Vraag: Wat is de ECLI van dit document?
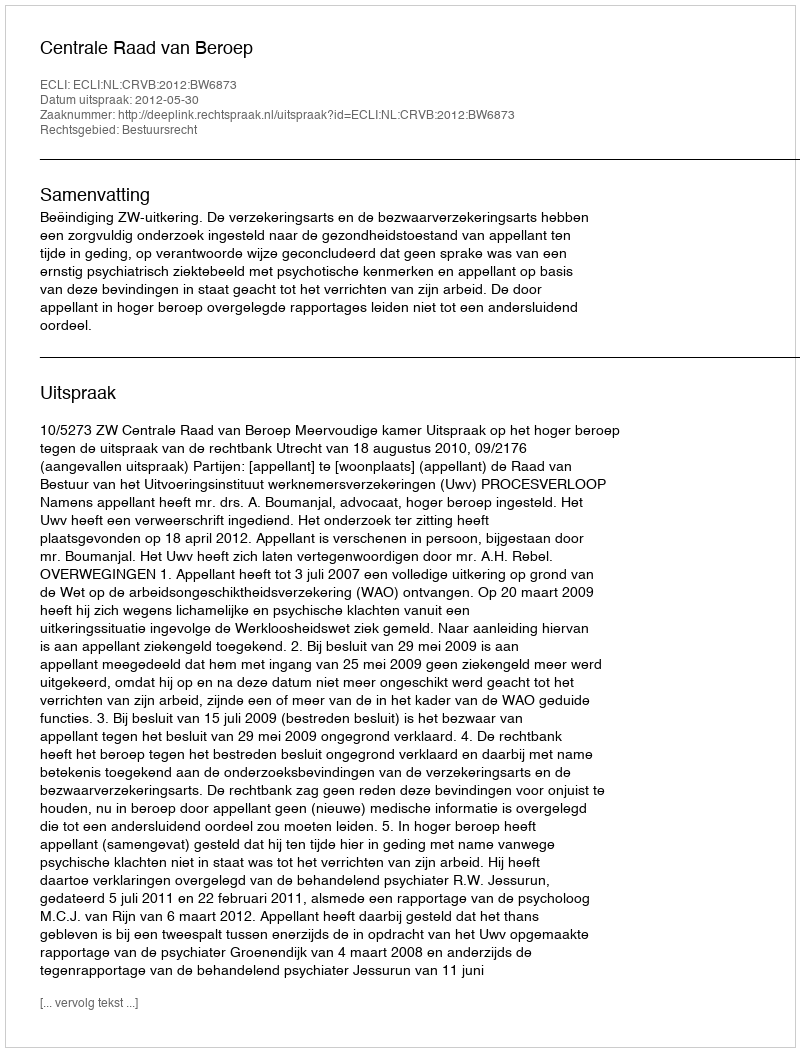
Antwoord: ECLI:NL:CRVB:2012:BW6873